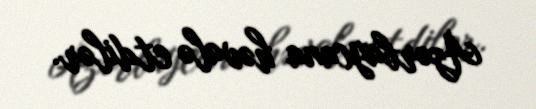
Azərbaycana həvalə etdilər.